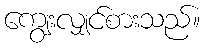
ကျွေးလျှင်စားသည်။